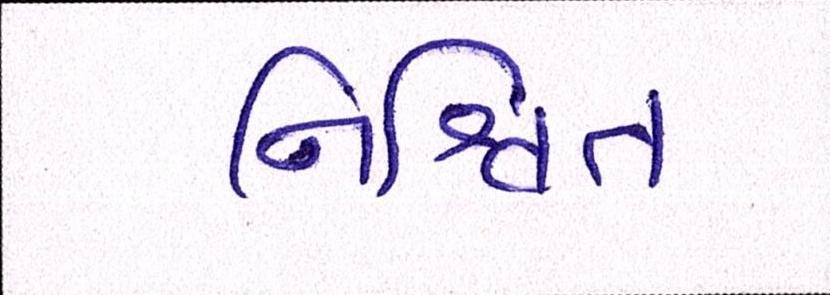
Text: નિશ્ચિત